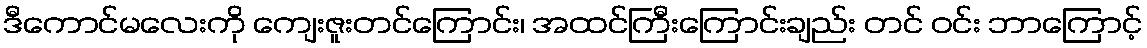
ဒီကောင်မလေးကို ကျေးဇူးတင်ကြောင်း၊ အထင်ကြီးကြောင်းချည်း တင် ဝင်း ဘာကြောင့်